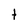
Character: t